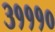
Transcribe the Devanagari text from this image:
३१११०